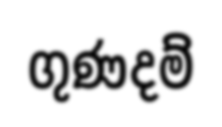
ගුණදම්